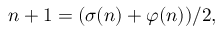
n + 1 = ( \sigma ( n ) + \varphi ( n ) ) / 2 ,